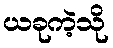
ယခုကဲ့သို